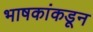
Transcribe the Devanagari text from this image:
भाषकांकडून